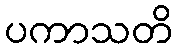
ပကာသတိ